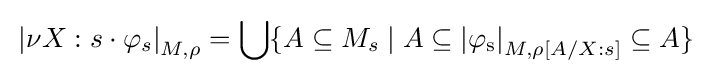
\mathrm {} \left\vert \nu X:s\cdot \varphi _{s}\right\vert _{M,\rho }=\bigcup \{{A\subseteq M_{s}\mid A\subseteq \mathrm {\left\vert \varphi _{s}\right\vert } _{M,\rho [A/X:s]}\subseteq A}\}